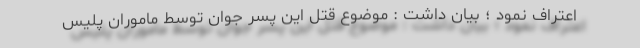
اعتراف نمود ؛ بیان داشت : موضوع قتل این پسر جوان توسط ماموران پلیس